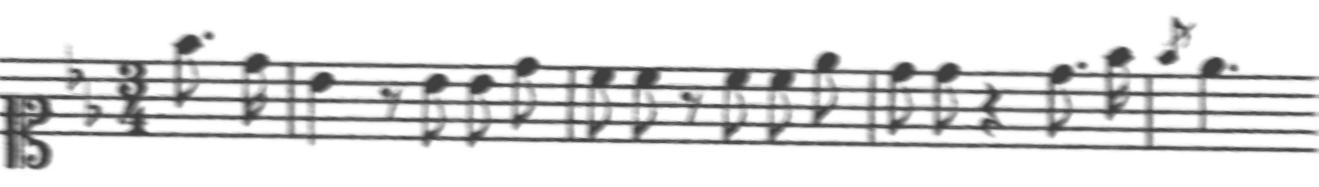
Transcription: clef-C1 keySignature-BbM timeSignature-3/4 note-F5_eighth. note-D5_sixteenth barline note-Bb4_quarter rest-eighth note-Bb4_eighth note-Bb4_eighth note-D5_eighth barline note-C5_eighth note-C5_eighth rest-eighth note-C5_eighth note-C5_eighth note-Eb5_eighth barline note-D5_eighth note-D5_eighth rest-quarter note-D5_eighth. note-F5_sixteenth barline gracenote-F5_eighth note-Eb5_quarter.